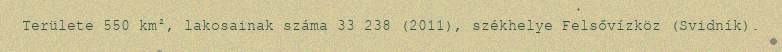
Területe 550 km², lakosainak száma 33 238 (2011), székhelye Felsővízköz (Svidník).